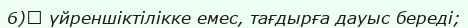
6)	 үйреншіктілікке емес, тағдырға дауыс береді;